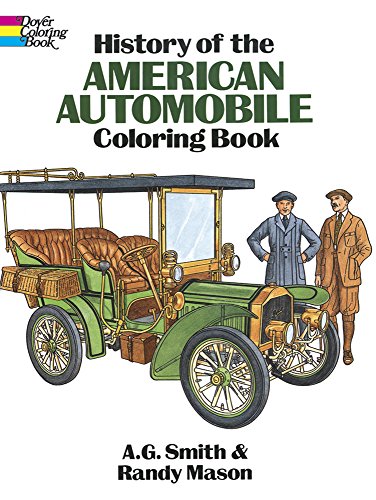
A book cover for History of the American Automobile Coloring Book; A. G. Smith; Crafts, Hobbies & Home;